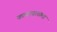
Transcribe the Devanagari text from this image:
कावाबाताला